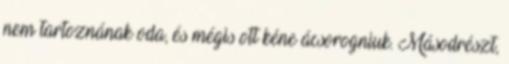
nem tartoznának oda, és mégis ott kéne ácsorogniuk. Másodrészt,